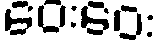
ဝေးဝေး